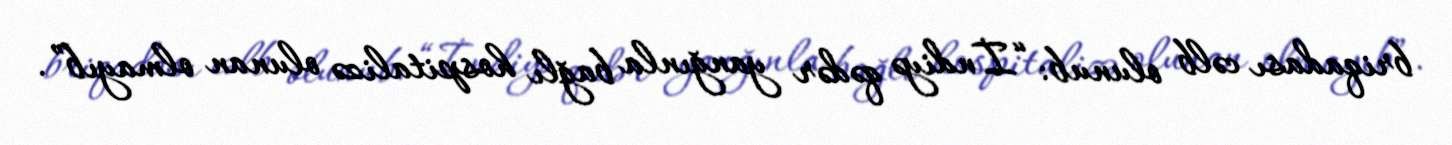
briqadası cəlb olunub: “İndiyə qədər yanğınla bağlı hospitalizə olunan olmayıb”.